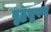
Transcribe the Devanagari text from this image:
बुद्धभुषण